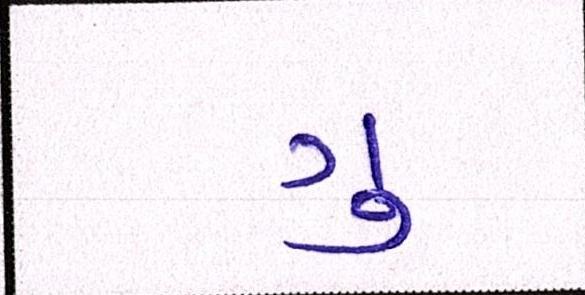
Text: ગુ